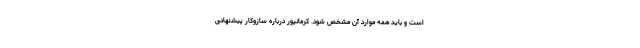
است و باید همه موارد آن مشخص شود. کرمانپور درباره سازوکار پیشنهادی